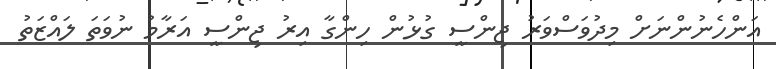
އަންހެނުންނަށް މިދުވަސްވަރު ޖިންސީ ގުޅުން ހިންގާ އިރު ޖިންސީ އަރާމު ނުވަތަ ލައްޒަތު